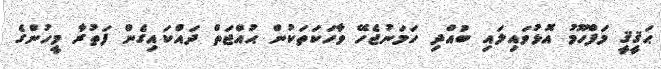
ޙަޤީޤީ މަފްހޫމު އޮޅުވައިލައި ބުއްދި ހަމަނުޖެހޭ ވާހަކަތަކުން ޙުއްޖަތް ދައްކައިގެން ފަތުރާ މީހުންގެ